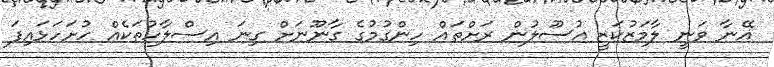
އޭނާ ވަނީ ލާމަޒުކަޒީ އުސޫލުން ރަށްތައް ހިންގުމުގެ ގާނޫނަށް ގިނަ އިސްލާހުތަކެއް ހުށަހަޅައިފަ